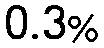
0.3%